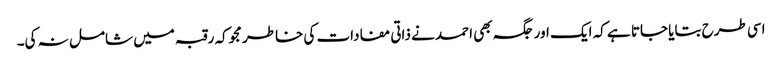
اسی طرح بتایا جاتا ہے کہ ایک اور جگہ بھی احمد نے ذاتی مفادات کی خاطر مجوکہ رقبہ میں شامل نہ کی۔